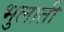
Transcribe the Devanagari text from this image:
भुलाती